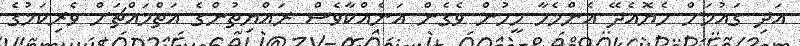
އަދި ގައުމަށް ހެޔޮއެދޭ އެންމެހާ މީހުން ވެގެން އަނެއްކާވެސް ރައްޔިތުންގެ އަތްމައްޗަށް ވެރިކަމުގެ